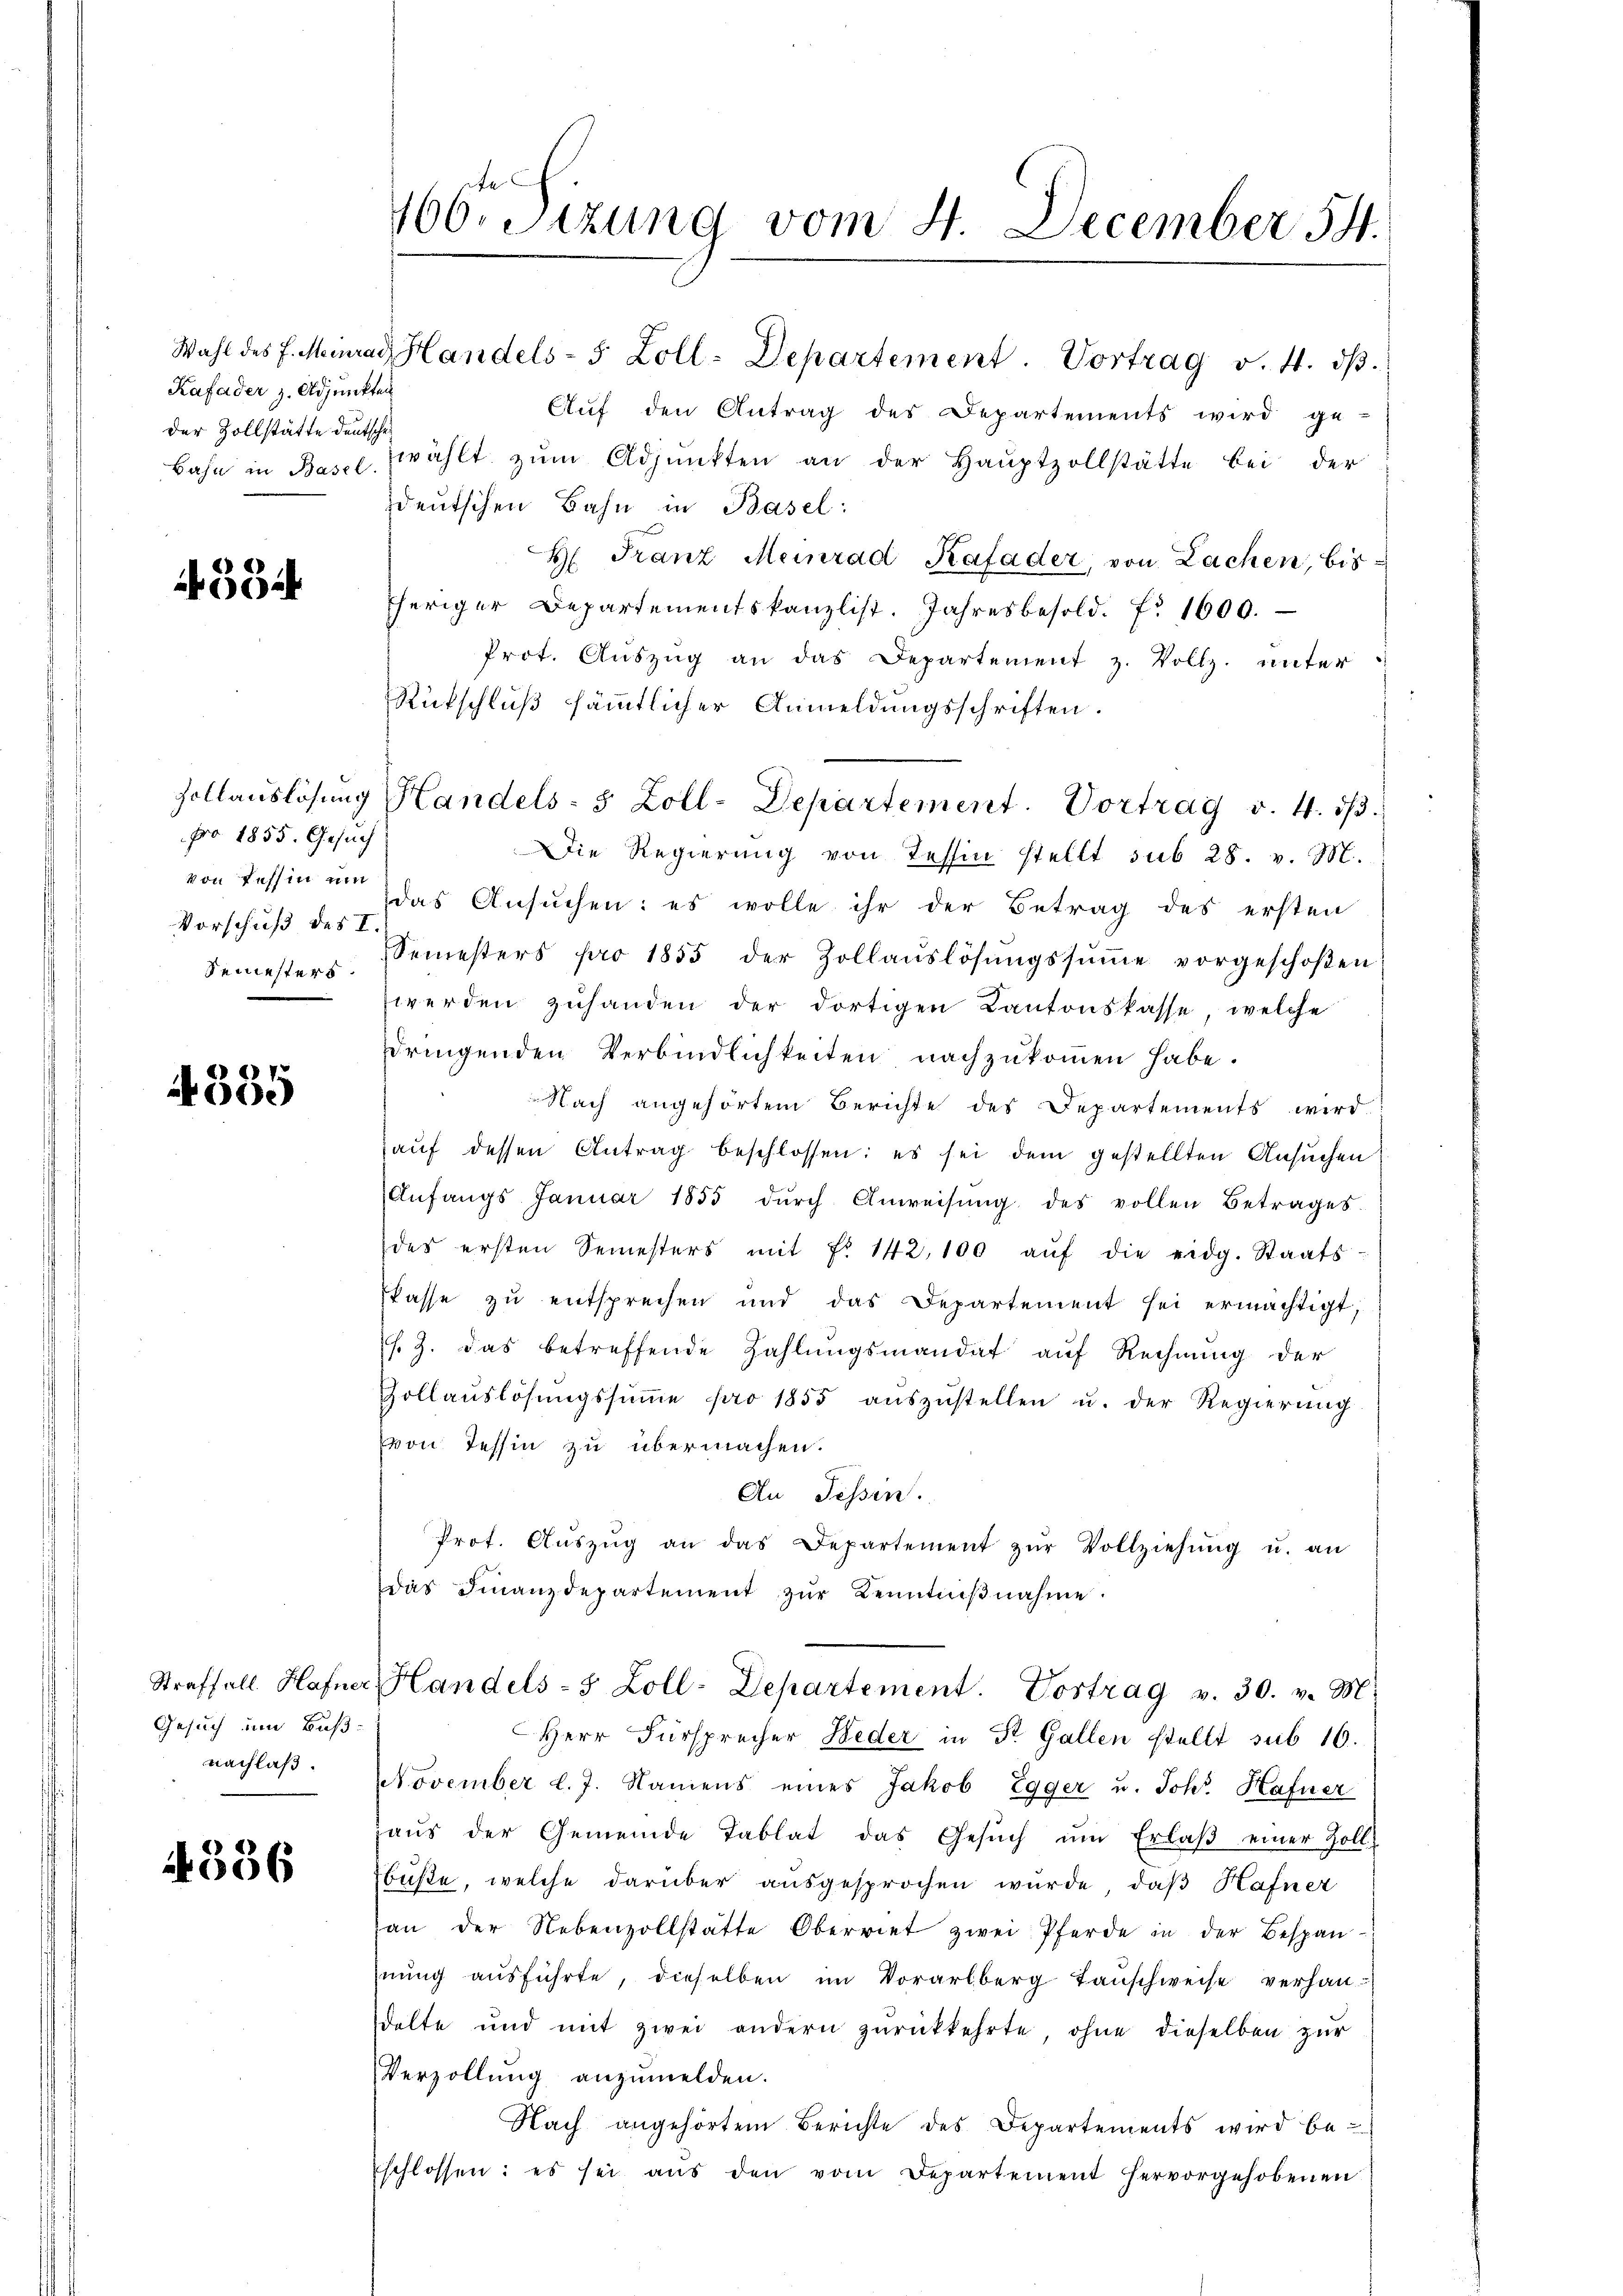
Kafader z. Adjunkten
der Zollstätte deutschen

354

Fro 1855. Gesuch
von Tessin und
Vorschuß des I.
Semesters.

4385

Gesuch um Buß-
nachlaß.

4336

466. Sitzung vom 4. December 54.

Auf den Antrag des Departements wird ge-
Bahn in Basel, wählt zŭm Adjunkten an der Haŭptzollstätte bei der
deutschen Bahn in Basel:
H. Franz Meinrad Kafader, von Lachen, bisheriger Departementskanzlist. Jahresbesold. f. 1600.
Prot. Aŭszŭg an das Departement z. Vollz. unter
Rückschluß sämmtlicher Anmeldungsschriften.
Die Regierung von Tessin stellt sub 28. v. M.
das Ansuchen: es wolle ihr der Betrag des ersten
Semesters pro 1855 der Zollaŭslösungssŭṁe vorgeschoβen
werden zuhanden der dortigen Kantonskasse, welche
dringenden Verbindlichkeiten nachzukommen habe.
Nach angehörtem Berichte des Departements wird.
aŭf dessen Antrag beschlossen: es sei dem gestellten Ansuchen
Anfangs Januar 1855 dŭrch Anweisŭng des vollen Betrages
des ersten Semesters mit Fr. 142, 100 aŭf die eidg. Staats
Pässe zu entsprechen und das Departement sei ermächtigt,
s. Z. das betreffende Zahlŭngsmandat auf Rechnŭng der
Zollaŭslösungssŭṁe pro 1855 aŭszŭstellen u. der Regierŭng
von Tessin zu übermachen.
An Tessin.
Prot. Aŭszŭg an das Departement zŭr Vollziehŭng u. an
das Finanzdepartement zŭr Kenntniβnahme.
Straffall Hafner Handels- 5 Zoll-Departement. Vortrag v. 30. v. M.
Herr Fürsprecher Beder in St. Gallen stellt sub 10.
November l. J. Namens eines Jakob Egger u. Joh. Hafner
haŭs der Gemeinde Tablat das Gesŭch ŭm Erlaβ einer Zoll-
büßte, welche darüber ausgesprochen würde, daβ Hafner
an der Nebenzollstätte Oberriet zwei Pferde in der Bespan
nŭng aŭsführte, dieselben im Vorarlberg tauschweise verhandelte und mit zwei andern zŭrückkehrte, ohne dieselben zur
Verzollung anzumelden.
Nach angehörtem Berichte des Departements wird be-
schlossen: es sei aŭs den vom Departement hervorgehobenen

Wahl des E. Meinrad Handels- 5 Zoll-Departement. Vortrag v. 4. dβ.

Hollauslösung Handels- & Zoll-Departement. Vortrag v. 4. 53.